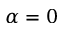
\alpha = 0